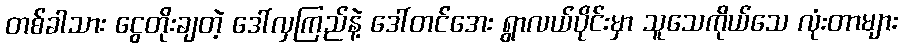
တစ်ခါသား ငွေတိုးချတဲ့ ဒေါ်လှကြည်နဲ့ ဒေါ်တင်အေး ရွာလယ်ပိုင်းမှာ သူသေကိုယ်သေ လုံးတာများ